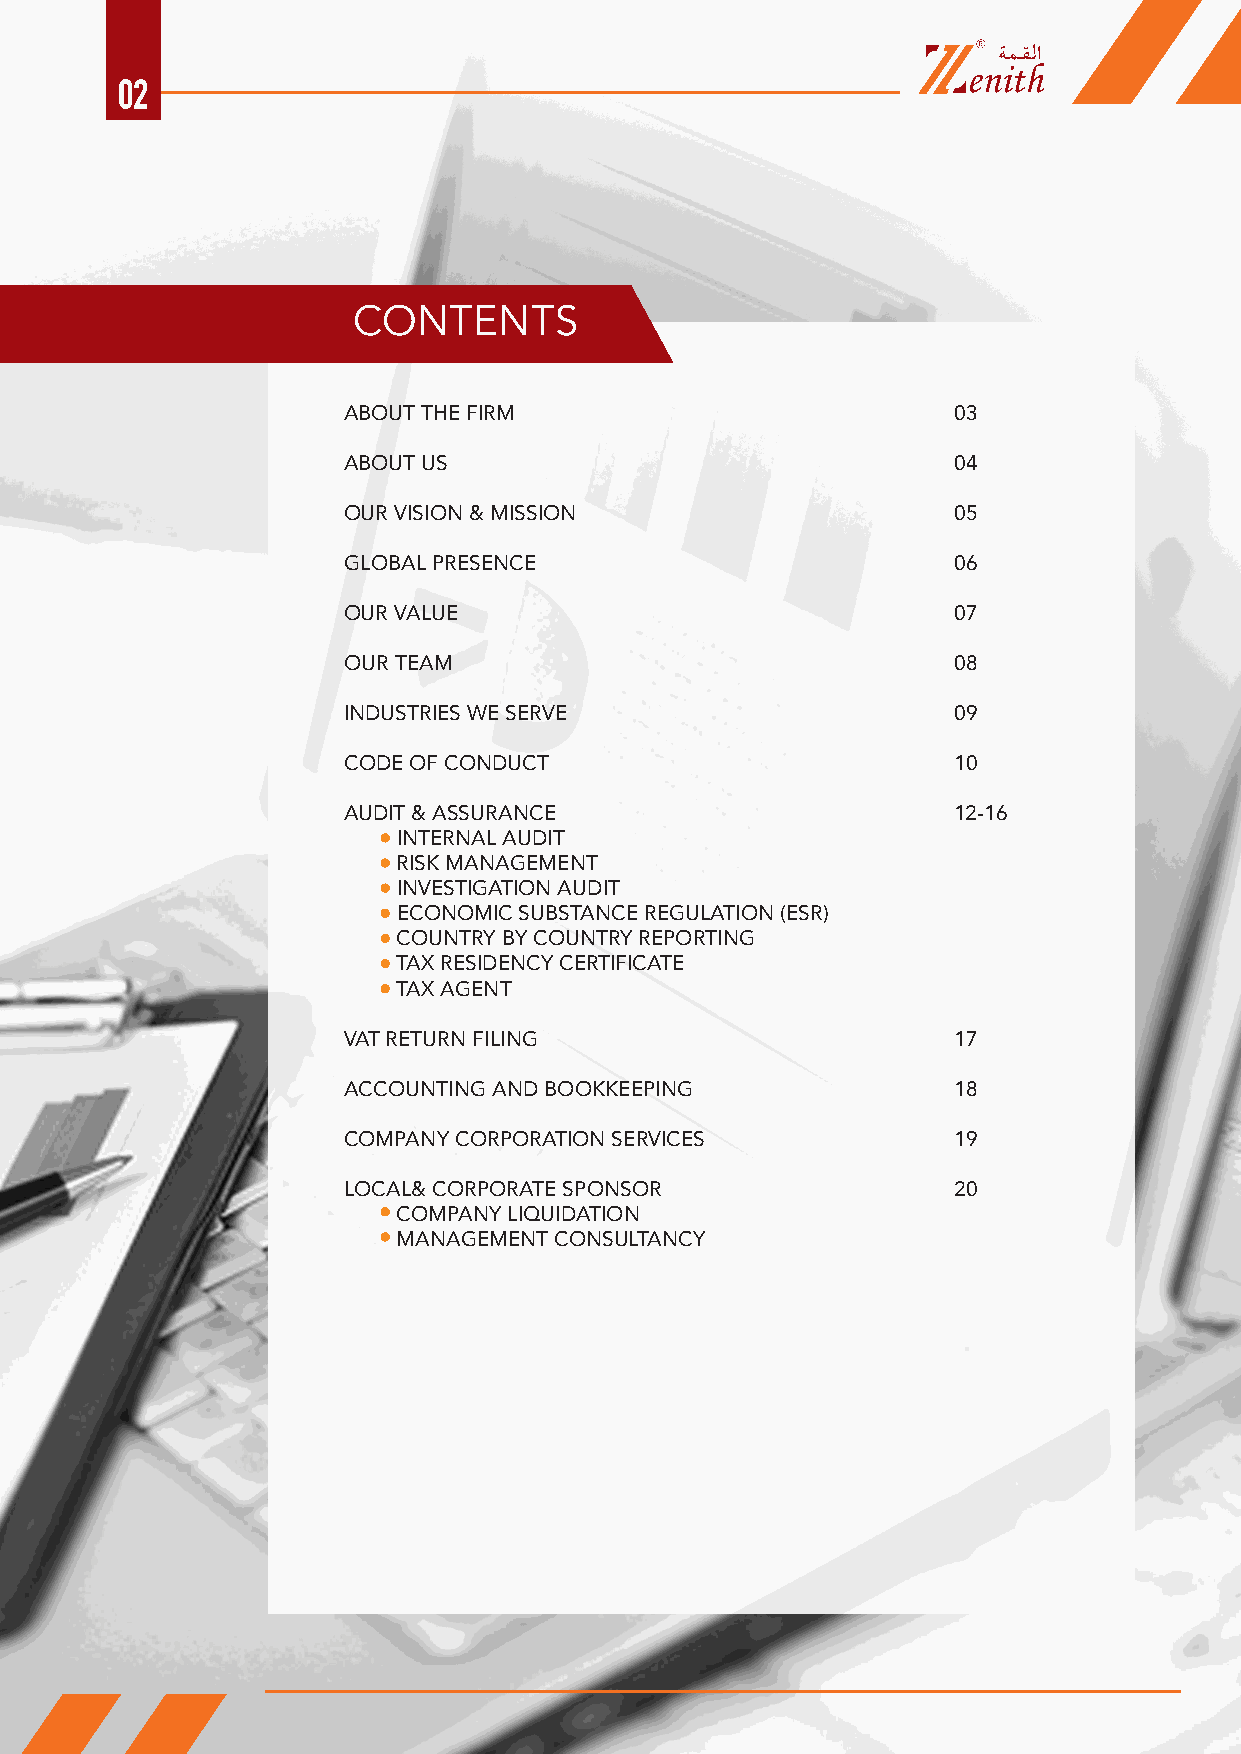
02
 CONTENTS
 ABOUT THE FIRM                          03
 ABOUT US                                04
 OUR VISION & MISSION                    05
 GLOBAL PRESENCE                         06
 OUR VALUE                               07
 OUR TEAM                                08
 INDUSTRIES WE SERVE                     09
 CODE OF CONDUCT                         10
 AUDIT & ASSURANCE                       12-16
 INTERNAL AUDIT
 RISK MANAGEMENT
 INVESTIGATION AUDIT
 ECONOMIC SUBSTANCE REGULATION (ESR)
 COUNTRY BY COUNTRY REPORTING
 TAX RESIDENCY CERTIFICATE
 TAX AGENT
 VAT RETURN FILING                       17
 ACCOUNTING AND BOOKKEEPING              18
 COMPANY CORPORATION SERVICES            19
 LOCAL& CORPORATE SPONSOR                20
 COMPANY LIQUIDATION
 MANAGEMENT CONSULTANCY